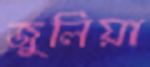
জুলিয়া